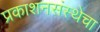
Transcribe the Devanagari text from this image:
प्रकाशनसंस्थेचा